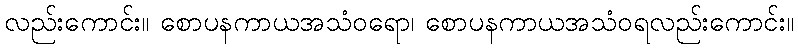
လည်းကောင်း။ စောပနကာယအသံဝရော၊ စောပနကာယအသံဝရလည်းကောင်း။